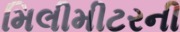
મિલીમીટરની